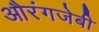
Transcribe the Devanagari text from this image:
औरंगजेबी